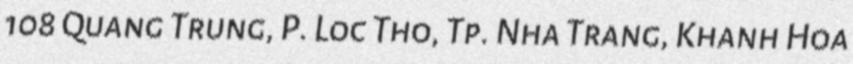
108 Quang Trung, P. Loc Tho, Tp. Nha Trang, Khanh Hoa